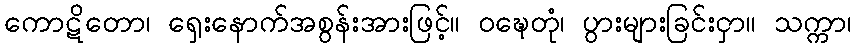
ကောဋိတော၊ ရှေးနောက်အစွန်းအားဖြင့်။ ဝဍ္ဎေတုံ၊ ပွားများခြင်းငှာ။ သက္ကာ၊